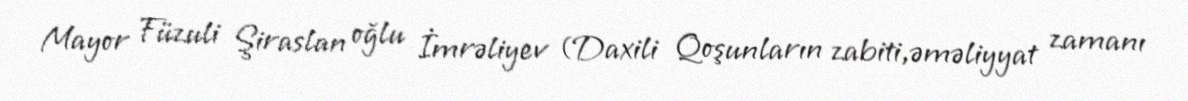
Mayor Füzuli Şiraslan oğlu İmrəliyev (Daxili Qoşunların zabiti,əməliyyat zamanı